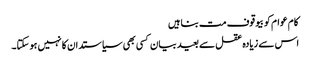
کام عوام کو بیوقوف مت بناہیں
اس سے زیادہ عقل سے بعید بیان کسی بھی سیاستدان کا نہیں ہو سکتا۔